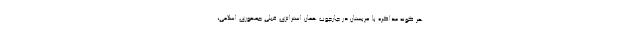
هر گونه مذاکره با عربستان در چارچوب همان استراتژی قبلی جمهوری اسلامی،